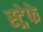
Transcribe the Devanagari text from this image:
स्ट्रेफे